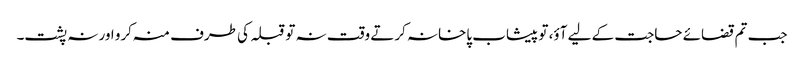
جب تم قضائے حاجت کے لیے آؤ، تو پیشاب پاخانہ کرتے وقت نہ تو قبلہ کی طرف منہ کرو اور نہ پشت۔